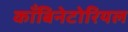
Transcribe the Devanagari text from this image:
काँबिनेटोरियल